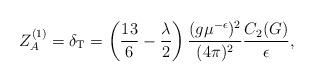
LaTeX: \begin{align*}Z_A^{(1)} =\delta_{\rm T} =\left(\frac{13}6-\frac\lambda2\right) \frac{(g\mu^{-\epsilon})^2}{(4\pi)^2} \frac{C_2(G)}{\epsilon} ,\end{align*}